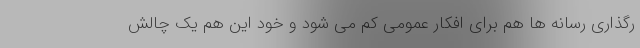
رگذاری رسانه ها هم برای افکار عمومی کم می شود و خود این هم یک چالش